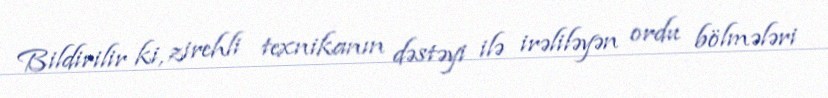
Bildirilir ki, zirehli texnikanın dəstəyi ilə irəliləyən ordu bölmələri